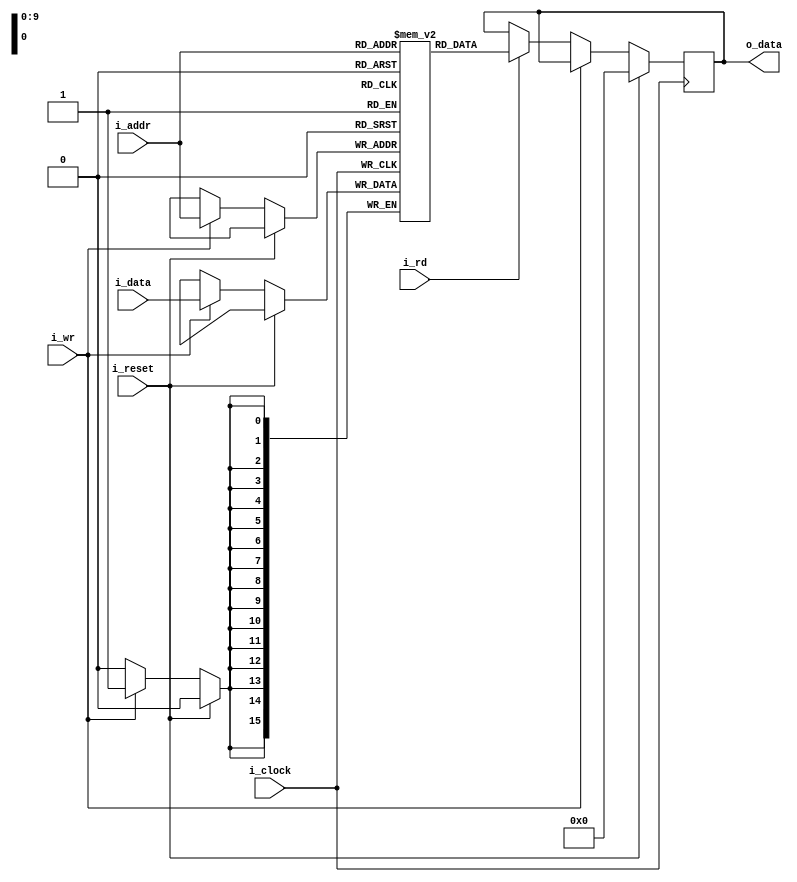
module bip_data_memory
#(
    // Parameters.
    parameter 									NB_DATA = 16,
    parameter 									N_ADDR = 1024, 
    parameter 									LOG2_N_DATA_ADDR = 10
)
(
    // Outputs.
    output wire     [NB_DATA-1:0]               o_data,
    // Inputs.
    input  wire 	[LOG2_N_DATA_ADDR-1:0]		i_addr, // Address to read/write from
    input  wire     [NB_DATA-1:0]		        i_data,
    input  wire                                 i_clock,
    input  wire                                 i_wr, //Write enable
    input  wire                                 i_rd, //Read enable
    input  wire                                 i_reset 				
) ;	

    //==========================================================================
    // LOCAL PARAMETERS.
    //==========================================================================

    //==========================================================================
    // INTERNAL SIGNALS.
    //==========================================================================
    reg             [NB_DATA-1:0]               mem_bank [N_ADDR-1:0] ;
    reg             [NB_DATA-1:0]               data ;    

    //==========================================================================
    // ALGORITHM.
    //==========================================================================
    initial begin
    mem_bank[0] = 16'h0000 ;
    mem_bank[1] = 16'h0001 ;
    mem_bank[2] = 16'h0002 ;
    mem_bank[3] = 16'h0003 ;
    mem_bank[4] = 16'h0004 ;
    mem_bank[5] = 16'h0005 ;
    mem_bank[6] = 16'h0006 ;
    mem_bank[7] = 16'h0007 ;
    mem_bank[8] = 16'h0008 ;
    mem_bank[9] = 16'h0009 ;
    end

    assign o_data = data ;

    always @ (negedge i_clock)
    begin
        if (i_reset)
            data <= {NB_DATA{1'b0}};
        else if (i_wr)
            mem_bank[i_addr] <= i_data ; //Write
        else if (i_rd)
            data <= mem_bank[i_addr]; //Read
    end

endmodule